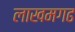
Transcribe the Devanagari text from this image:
लाखमगढ